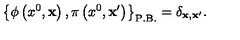
\left\{ \phi \left( x ^ { 0 } , { \bf x } \right) , \pi \left( x ^ { 0 } , { \bf x ^ { \prime } } \right) \right\} _ { \mathrm { P . B . } } = \delta _ { { \bf x } , { \bf x ^ { \prime } } } .